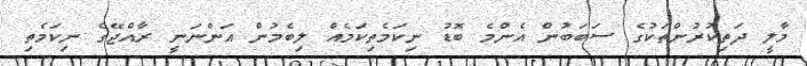
މާލީ ދަތިކުރުންތަކުގެ ސަބަބުން އެންމެ ބޮޑު ނިކަމެތިކަމެއް ލިބެމުން އަންނަނީ ރާއްޖޭގެ ނިކަމެތި